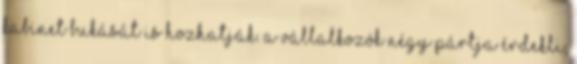
kabinet bukását is hozhatják. A vállalkozók négy pártja Érdekli,